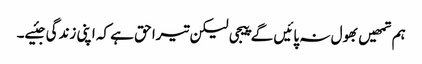
ہم تمھیں بھول نہ پائیں گے پیجی لیکن تیرا حق ہے کہ اپنی زندگی جئیے۔